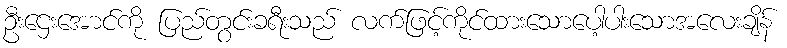
ဦးဌေးအောင်ကို ပြည်တွင်းခရီးသည် လက်ဖြင့်ကိုင်ထားသောပေါ့ပါးသောအလေးချိန်